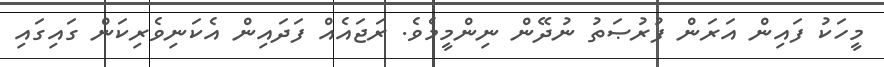
މީހަކު ފައިން އަރަން ފުރުޞަތު ނުދޭން ނިންމީމެވެ. ރަޖައެއް ފަދައިން އެކަނިވެރިކަން ގައިގައި